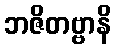
ဘဇိတဗ္ဗာနိ